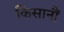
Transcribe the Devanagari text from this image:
किसानौं